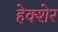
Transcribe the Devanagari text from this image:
हेक्शेर